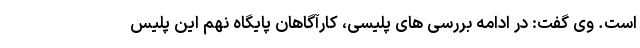
است. وی گفت: در ادامه بررسی های پلیسی، کارآگاهان پایگاه نهم این پلیس